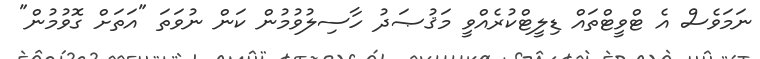
ނަމަވެސް އެ ޓްވީޓްތައް ޑިލީޓްކުރެއްވީ މަޤުޞަދު ހާސިލުވުމުން ކަން ނުވަތަ "އަތަށް ގޮވުމުން"